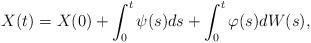
LaTeX: \begin{align*} X(t)=X(0)+\int_0^t \psi(s) ds + \int_0^t \varphi(s) dW(s), \end{align*}